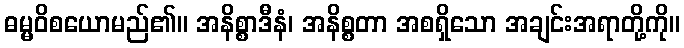
ဓမ္မဝိစယောမည်၏။ အနိစ္စာဒီနံ၊ အနိစ္စတာ အစရှိသော အချင်းအရာတို့ကို။